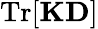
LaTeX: \mathrm{Tr}[\mathbf{KD}]